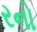
રનો